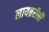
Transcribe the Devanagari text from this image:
लायब्ररीची